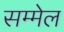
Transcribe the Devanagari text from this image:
सम्मेल